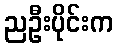
ညဦးပိုင်းက